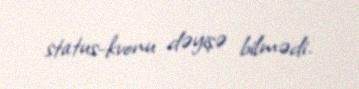
status-kvonu dəyişə bilmədi.